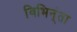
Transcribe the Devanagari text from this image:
विभिन्ंता